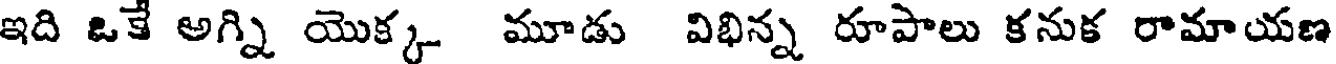
ఇది ఒకే అగ్ని యొక్క మూడు విభిన్న రూపాలు కనుక రామాయణ